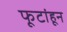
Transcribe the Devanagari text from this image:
फूटांहून